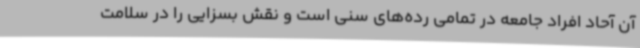
آن آحاد افراد جامعه در تمامی رده‌های سنی است و نقش بسزایی را در سلامت